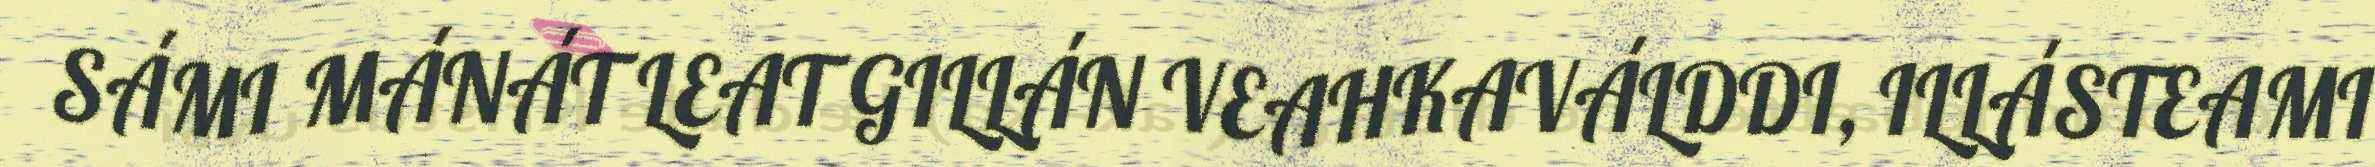
SÁMI MÁNÁT LEAT GILLÁN VEAHKAVÁLDDI, ILLÁSTEAMI